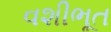
વશીભૂત